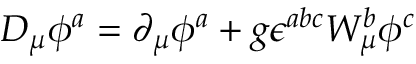
D _ { \mu } \phi ^ { a } = \partial _ { \mu } \phi ^ { a } + g \epsilon ^ { a b c } W _ { \mu } ^ { b } \phi ^ { c }